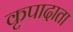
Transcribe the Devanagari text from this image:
कृपादाता